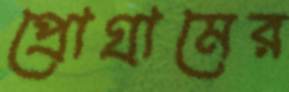
প্রোগ্রামের